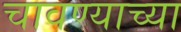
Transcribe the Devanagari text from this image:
चावण्याच्या